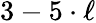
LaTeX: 3-5\cdot\ell